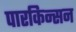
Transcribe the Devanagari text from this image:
पारकिन्सन